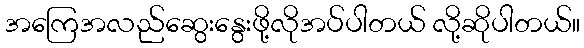
အကြေအလည်ဆွေးနွေးဖို့လိုအပ်ပါတယ် လို့ဆိုပါတယ်။